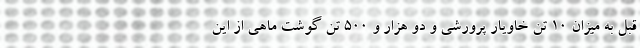
قبل به میزان ۱۰ تن خاویار پرورشی و دو هزار و ۵۰۰ تن گوشت ماهی از این